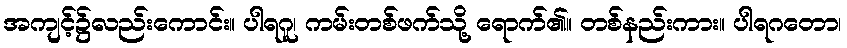
အကျင့်၌လည်းကောင်း။ ပါရဂူ၊ ကမ်းတစ်ဖက်သို့ ရောက်၏။ တစ်နည်းကား။ ပါရဂတော၊